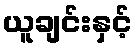
ယူချင်းနှင့်